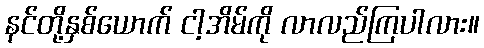
နင်တို့နှစ်ယောက် ငါ့အိမ်ကို လာလည်ကြပါလား။